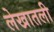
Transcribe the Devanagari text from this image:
लेखातली